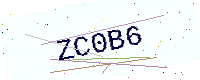
Text: ZC0B6